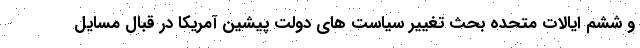
و ششم ایالات متحده بحث تغییر سیاست های دولت پیشین آمریکا در قبال مسایل